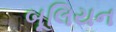
બૂલિયન